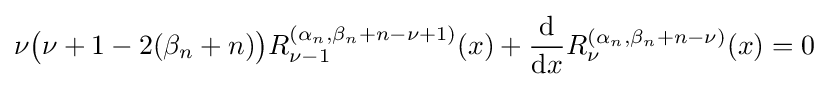
\nu {\bigl (}\nu +1-2(\beta _{n}+n){\bigr )}R_{\nu -1}^{\left(\alpha _{n},\beta _{n}+n-\nu +1\right)}(x)+{\frac {\mathrm {d} }{{\mathrm {d} }x}}R_{\nu }^{\left(\alpha _{n},\beta _{n}+n-\nu \right)}(x)=0